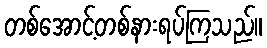
တစ်အောင့်တစ်နားရပ်ကြသည်။